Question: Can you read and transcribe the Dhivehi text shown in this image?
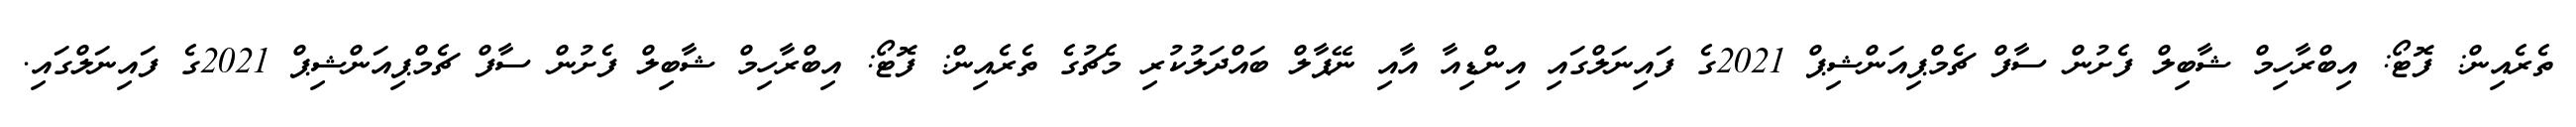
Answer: ތެރެއިން: ފޮޓޯ: އިބްރާހިމް ޝާބިލް ފެށުން ސާފް ޗެމްޕިއަންޝިޕް 2021ގެ ފައިނަލްގައި އިންޑިއާ އާއި ނޭޕާލް ބައްދަލުކުރި މެޗުގެ ތެރެއިން: ފޮޓޯ: އިބްރާހިމް ޝާބިލް ފެށުން ސާފް ޗެމްޕިއަންޝިޕް 2021ގެ ފައިނަލްގައި.